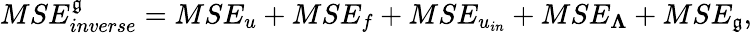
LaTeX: MSE_{inverse}^{\mathfrak{g}}=MSE_{u}+MSE_{f}+MSE_{u_{in}}+MSE_{\boldsymbol{\Lambda}}+MSE_{\mathfrak{g}},